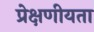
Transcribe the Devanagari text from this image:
प्रेक्षणीयता